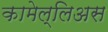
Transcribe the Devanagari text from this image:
कामेल्लिअस